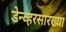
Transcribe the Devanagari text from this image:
डेन्व्हरसारख्या